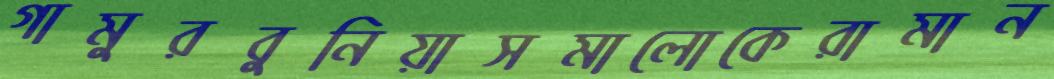
গামুরবুনিয়াসমালোকেরামান